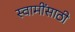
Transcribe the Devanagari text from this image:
स्वामींसाठी